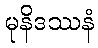
မုနိဒဿနံ